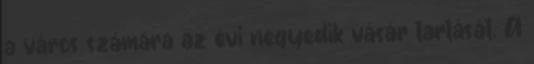
a város számára az évi negyedik vásár tartását. A